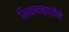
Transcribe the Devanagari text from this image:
भिक्षावृत्तीने